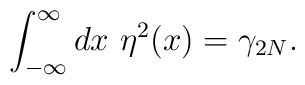
\int_{-\infty}^\infty dx \ \eta^2(x)=\gamma_{2N}.